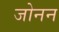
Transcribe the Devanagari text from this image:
जोनन